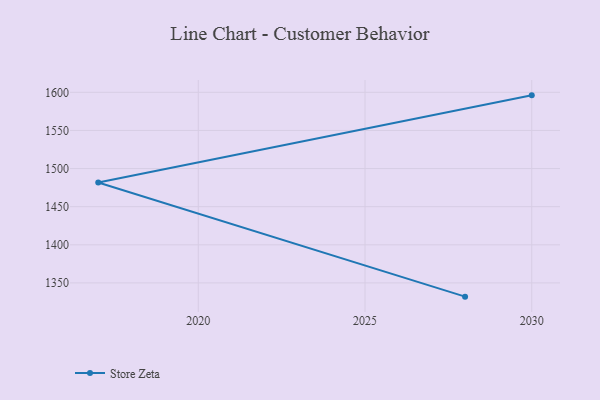
{"axis": {"x": "Year", "y": "Market Share (%)"}, "legend": ["Store Zeta"], "data": [{"x": "2030", "y": 1596.0, "type": "Store Zeta"}, {"x": "2017", "y": 1481.8, "type": "Store Zeta"}, {"x": "2028", "y": 1332.0, "type": "Store Zeta"}]}